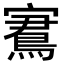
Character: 𡫕